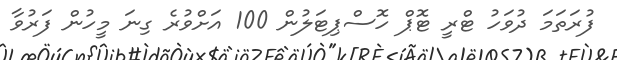
ފުރަތަމަ ދުވަހު ޓްރީ ޓޮޕް ހޮސްޕިޓަލުން 100 އަށްވުރެ ގިނަ މީހުން ފަރުވާ